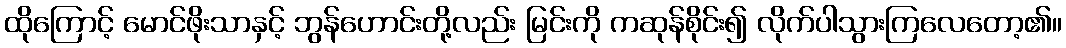
ထိုကြောင့် မောင်ဖိုးသာနှင့် ဘွန်ဟောင်းတို့လည်း မြင်းကို ကဆုန်စိုင်း၍ လိုက်ပါသွားကြလေတော့၏။